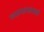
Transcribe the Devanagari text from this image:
व्यायामामध्ये